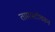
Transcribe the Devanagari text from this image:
ताम्रपटांवरून